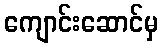
ကျောင်းဆောင်မှ